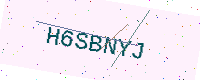
Text: H6SBNYJ